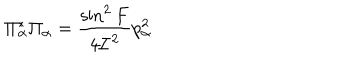
LaTeX: \Pi _ { \alpha } ^ { * } \Pi _ { \alpha } = \frac { \sin ^ { 2 } F } { 4 { \cal I } ^ { 2 } } p _ { \alpha } ^ { 2 }